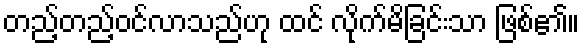
တည့်တည့်ဝင်လာသည်ဟု ထင် လိုက်မိခြင်းသာ ဖြစ်၏။